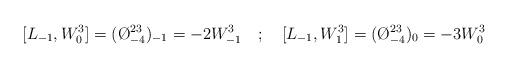
LaTeX: \begin{align*}[L_{-1},W^{3}_{0}]=(\O ^{23}_{-4})_{-1}=-2W^{3}_{-1}\quad ;\quad [L_{-1},W^{3}_{1}]=(\O ^{23}_{-4})_{0}=-3W^{3}_{0}\end{align*}